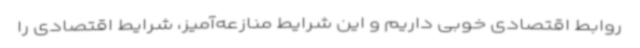
روابط اقتصادی خوبی داریم و این شرایط منازعه‌آمیز، شرایط اقتصادی را